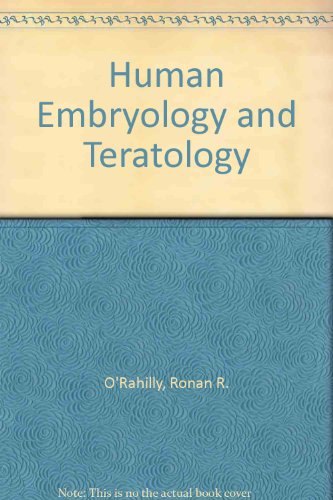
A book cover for Human Embryology and Teratology; Ronan R. O'Rahilly; Medical Books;